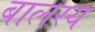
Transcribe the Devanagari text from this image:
बालस्य